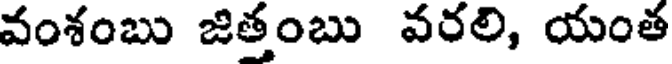
వంశంబు జిత్తంబు వరలి, యంత